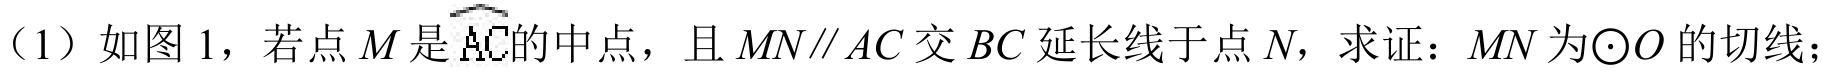
（1）如图 1，若点 \(M\) 是\(\overset{\frown}{AC}\)的中点，且 \(MN\parallel AC\) 交 \(BC\) 延长线于点 \(N\)，求证：\(MN\) 为\(\odot O\) 的切线；